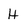
Character: H